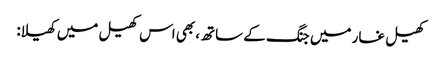
کھیل غار میں جنگ کے ساتھ، بھی اس کھیل میں کھیلا: